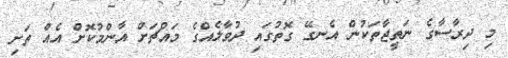
މި ދިރާސާގެ ނަތީޖާތަކުން އެނގޭ ގޮތުގައި ދުވާލެއްގެ މައްޗަށް އާންމުކޮށް އެއް ތަށި